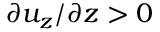
\partial u _ { z } / \partial z > 0